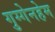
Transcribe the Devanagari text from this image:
गुग्गेनहेम